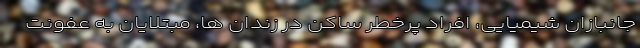
جانبازان شیمیایی، افراد پرخطر ساکن در زندان ها، مبتلایان به عفونت